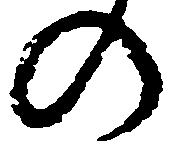
の